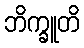
ဘိက္ခူတိ